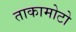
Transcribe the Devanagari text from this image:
ताकामोटो